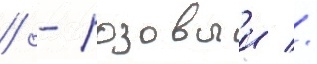
/ - розовыи //